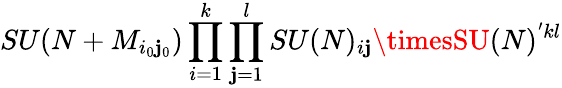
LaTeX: SU(N+M_{i_{0}\mathbf{j}_{0}})\prod_{i=1}^{k}\prod_{\mathbf{j}=1}^{l}SU(N)_{i\mathbf{j}}\timesSU(N)^{'kl}